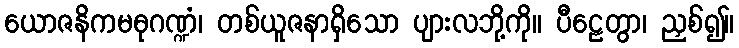
ယောဇနိကမဓုဂဏ္ဍံ၊ တစ်ယူဇနာရှိသော ပျားလဘို့ကို။ ပီဠေတွာ၊ ညှစ်၍။